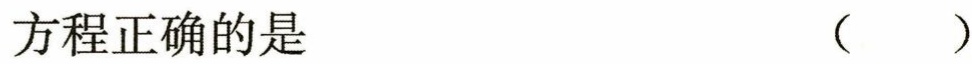
方程正确的是 （ ）